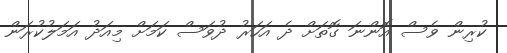
ކުރިން ވެސް އޮންނަ ގޮތަށް ދެ އަހަރު ދުވަސް ކަމަށް މިއަދު އަމަލުކުރަން